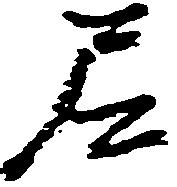
尼